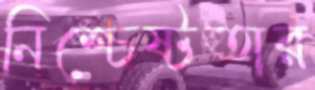
নিশ্চেষ্টতার